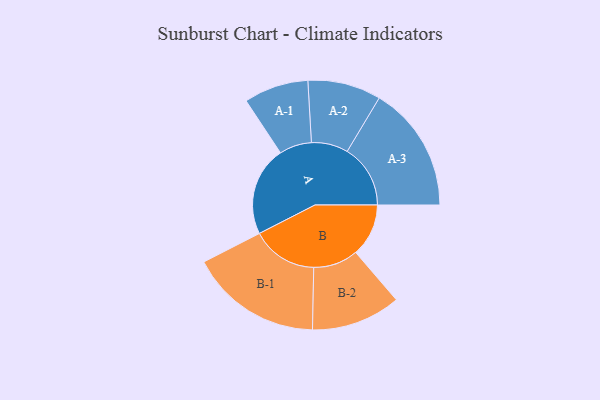
{"axis": {"x": "Segment", "y": "Value"}, "legend": ["", "A", "B"], "data": [{"x": "A", "y": 310, "type": ""}, {"x": "B", "y": 183, "type": ""}, {"x": "A-1", "y": 112, "type": "A"}, {"x": "A-2", "y": 127, "type": "A"}, {"x": "A-3", "y": 219, "type": "A"}, {"x": "B-1", "y": 229, "type": "B"}, {"x": "B-2", "y": 155, "type": "B"}]}